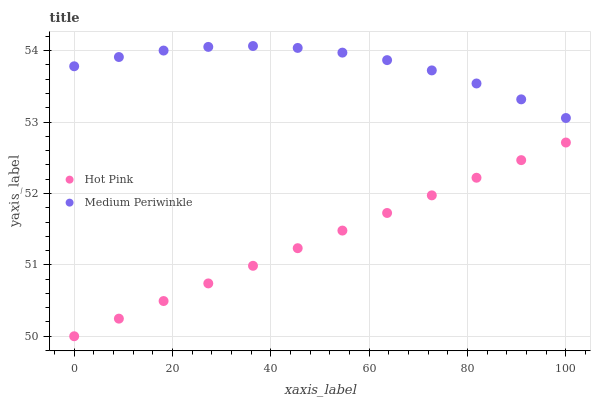
| xaxis_label | Hot Pink | Medium Periwinkle |
 | --- | --- | --- |
 | 0 | 50 | 53.8 |
 | 9.09 | 50.2 | 53.9 |
 | 18.2 | 50.5 | 54 |
 | 27.3 | 50.7 | 54.1 |
 | 36.4 | 51 | 54.1 |
 | 45.5 | 51.2 | 54 |
 | 54.5 | 51.5 | 54 |
 | 63.6 | 51.7 | 53.9 |
 | 72.7 | 52 | 53.7 |
 | 81.8 | 52.2 | 53.5 |
 | 90.9 | 52.5 | 53.3 |
 | 100 | 52.7 | 53.1 |